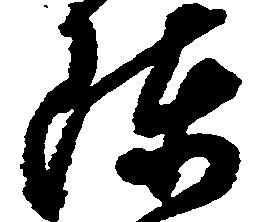
陳